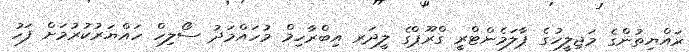
ރައްޔިތުންގެ މަޖިލީހުގެ ޕާލަމެންޓްރީ ގްރޫޕްގެ ލީދަރ އިބްރާހިމް މުހައްމަދު ސޯލިހް ހައްޔަރުކުރުމަށް ފަހު